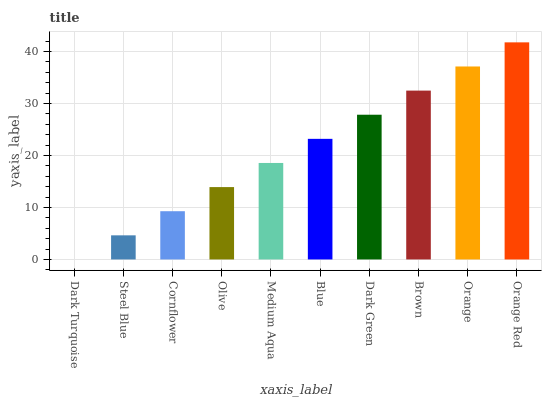
| xaxis_label | bars |
 | --- | --- |
 | Dark Turquoise | 0 |
 | Steel Blue | 4.64 |
 | Cornflower | 9.28 |
 | Olive | 13.9 |
 | Medium Aqua | 18.6 |
 | Blue | 23.2 |
 | Dark Green | 27.8 |
 | Brown | 32.5 |
 | Orange | 37.1 |
 | Orange Red | 41.7 |